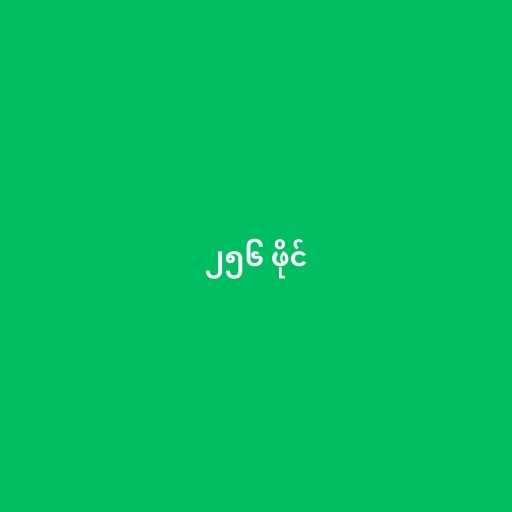
၂၅၆ ဖိုင်